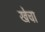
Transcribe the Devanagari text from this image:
खेचा